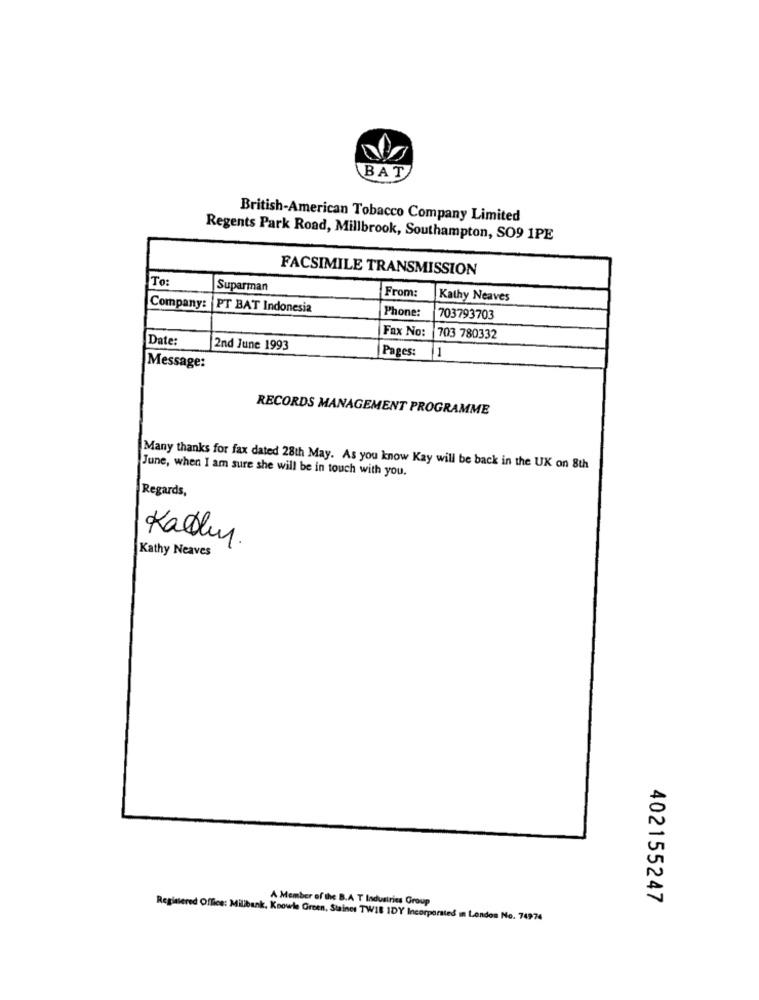
BAT
British-American Tobacco Company Limited
Regents Park Road, Millbrook, Southampton, SO9 1PE
FACSIMILE TRANSMISSION
To:
Suparman
From:
Kathy Neaves
Company: PT BAT Indonesia
Phone:
703793703
Date:
Fax No: |703 780332
2nd June 1993
Pages:
11
Message:
RECORDS MANAGEMENT PROGRAMME
Many thanks for fax dated 28th May. As you know Kay will be back in the UK on 8th
June, when I am sure she will be in touch with you.
Regards,
Kalley.
Kathy Neaves
402155247
A Member of the B.A T Industries Group
Registered Office: Milibank, Knowle Green, Staines TWIE IDY Incorporated in London No. 74974